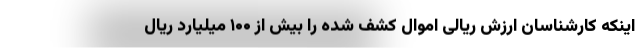
اینکه کارشناسان ارزش ریالی اموال کشف شده را بیش از ۱۰۰ میلیارد ریال